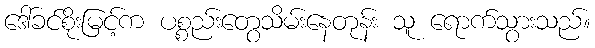
ဒေါ်ခင်စိုးမြင့်က ပစ္စည်းတွေသိမ်းနေတုန်း သူ ရောက်သွားသည်။